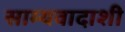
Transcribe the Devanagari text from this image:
साम्यवादाशी